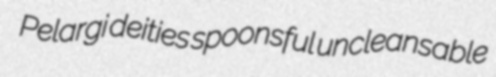
Pelargi deities spoonsful uncleansable